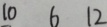
1 0 6 1 2